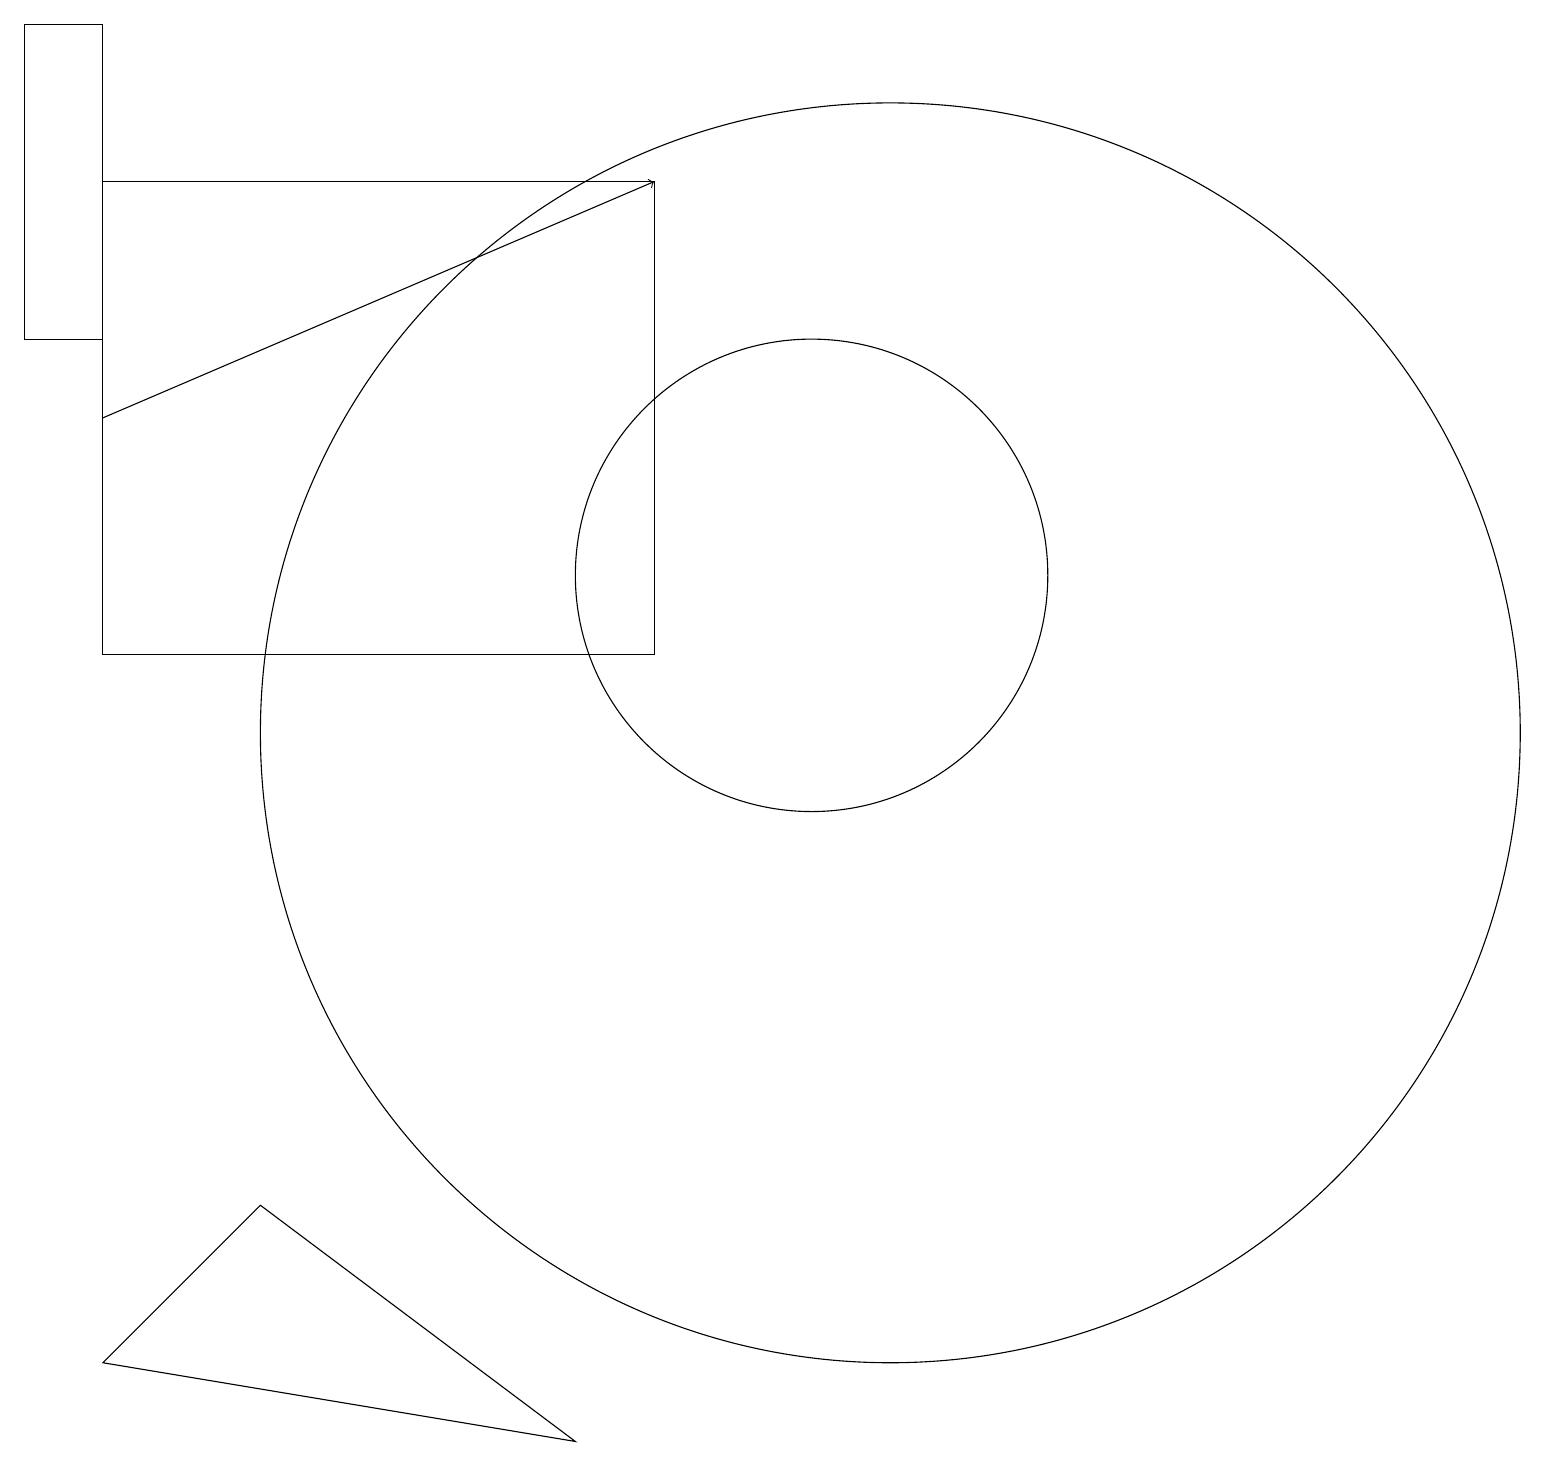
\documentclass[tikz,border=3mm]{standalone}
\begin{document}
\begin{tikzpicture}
\draw (3,4) -- (7,1) -- (1,2) -- cycle;
\draw (1,19) rectangle (0,15);
\draw[->] (1,14) -- (8,17);
\draw (11,10) circle (8);
\draw (1,11) rectangle (8,17);
\draw (10,12) circle (3);
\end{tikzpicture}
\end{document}